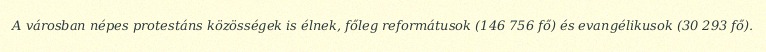
A városban népes protestáns közösségek is élnek, főleg reformátusok (146 756 fő) és evangélikusok (30 293 fő).